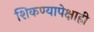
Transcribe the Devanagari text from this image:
शिकण्यापेक्षाही